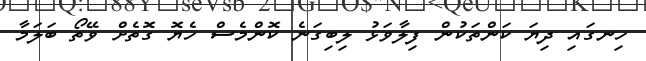
ހިނގައި ދިޔަ ކަންތަކުން ފިލާވަޅު ލިބިގަނެ ކޮންމެސް ހެޔޮ ގޮތެށް ވޭތޯ ބަލަމާ